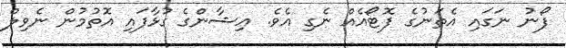
ފޯނު ނަގައި އެތަނުގެ ފޮޓޯއެއް ނެގި އެވެ. އިޝާންގެ ގުޅާފައި އޮތުމުން ނެވިލް